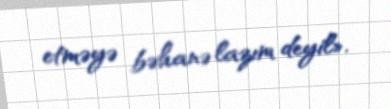
etməyə bəhanə lazım deyil».